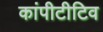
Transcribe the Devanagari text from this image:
कांपीटीटिव